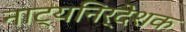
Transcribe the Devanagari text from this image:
नाट्यनिर्देशक